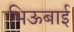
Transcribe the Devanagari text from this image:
भिऊबाई